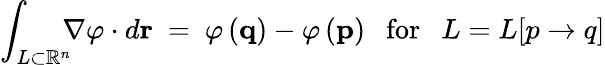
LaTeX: \int_{L\subset\mathbb{R}^{n}}\! \! \! \nabla\varphi\cdot d\mathbf{r}\ =\ \varphi\left(\mathbf{q}\right)-\varphi\left(\mathbf{p}\right)\ \ {\mathrm{~for~}}\ \ L=L[p\to q]